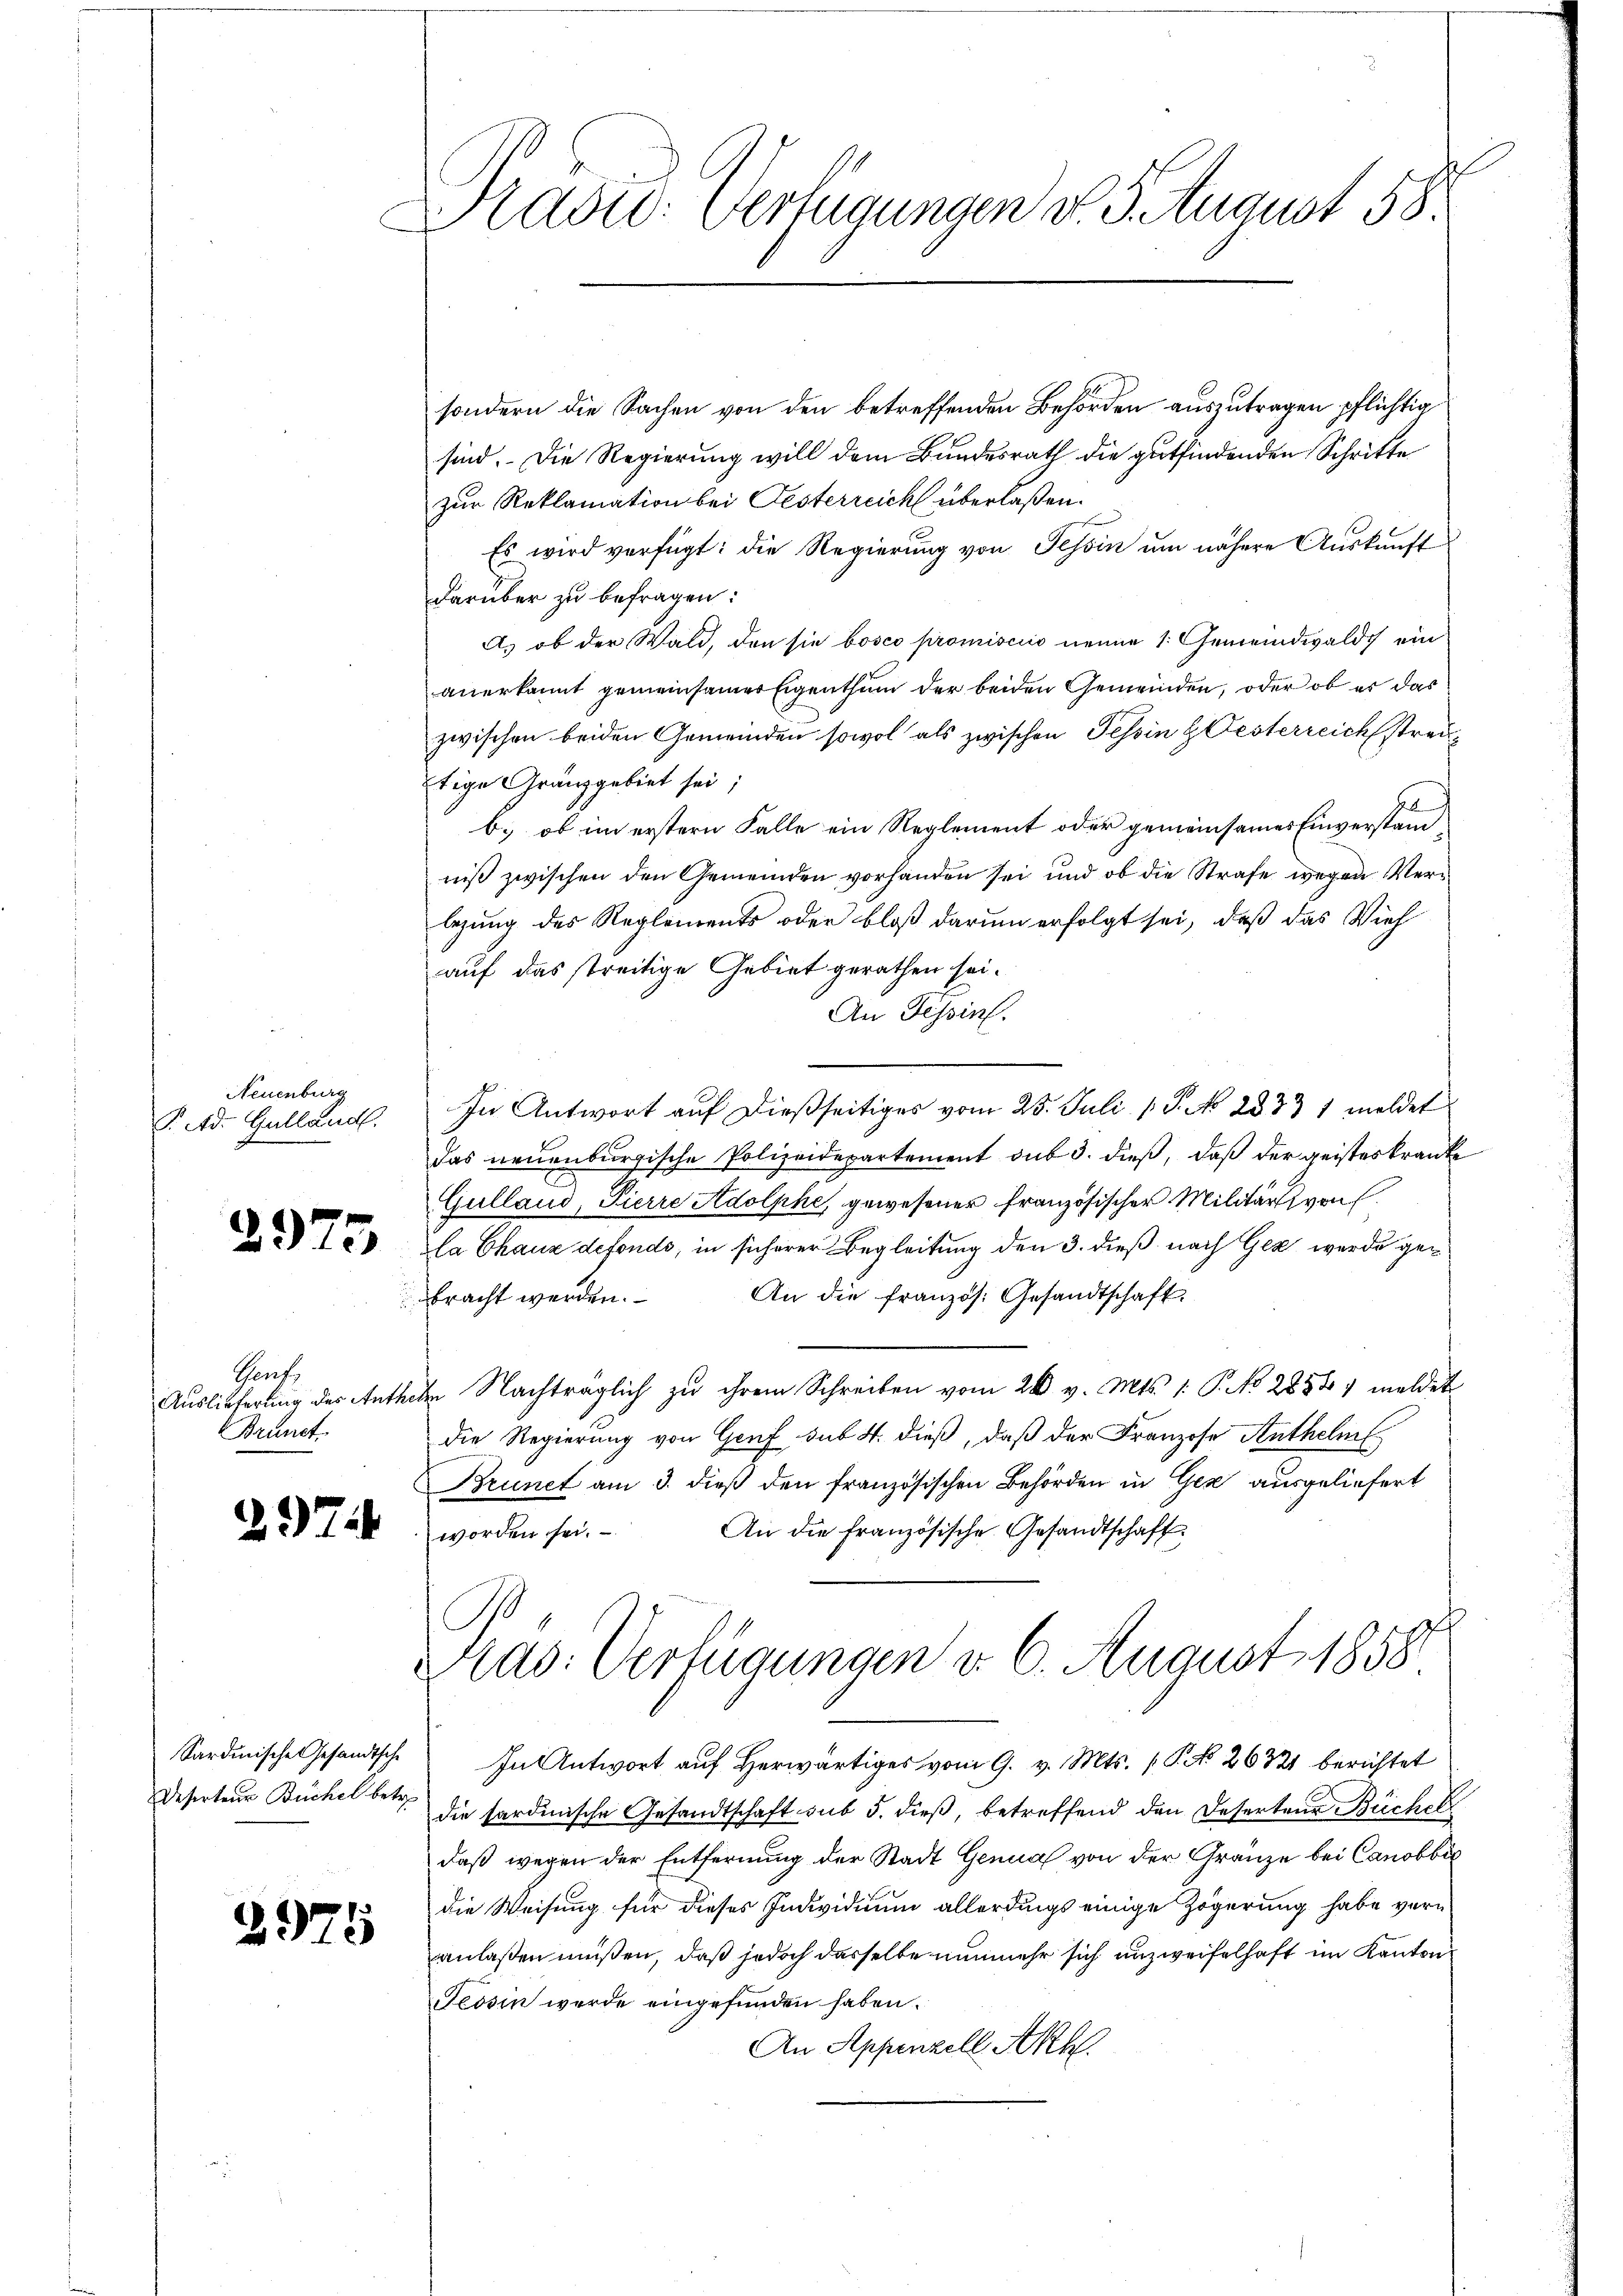
Neuenburg
PAtd. Gulland.

2975

Gent
Brunst

297

Sardinische Gesandtsche
Deserteur Büchel betre

2975

Kašid: Verfügungen v. J. August 58.

sondern die Sachen von den betreffenden Behörden auszutragen pflichtig
sind. Die Regierung will dem Bundesrath die gutfindenden Schritte
zur Reklamation bei Festerreich überlaßen.
Es wird verfügt: die Regierung von Tessin um nähere Auskunft
darüber zu befragen:
A. ob der Wald, den sie bosco promisciis nenne 1. Gemeindwald ein
anerkannt gemeinsamer Eigenthum der beiden Gemeinden, oder ob es das
zwischen beiden Gemeinden sowol als zwischen Tessin & Festerreichstradi¬
Etige Granzgebiet sei;
b. ob im erstern Falle ein Reglement oder gemeinsames Einverstandniß zwischen den Gemeinden vorhanden sei und ob die Strafe wegen Verlegung des Reglements oder bloß darum erfolgt sei, daß das Vieh
auf das streitige Gebiet gerathen sei.
An Tessin.
In Antwort auf dießseitiges vom 25. Juli ( P. No 2333 1 meldet
das neuenburgische Polizeidepartement sub 3. dieß, daß der geisteskranke
Gullaud, Pierre Adolphe, gewesener französischer Militärs von
la Chaux defonds, in sicherer Begleitung den 3. dieß nach Gez werde ge¬
An die französ. Gesandtschaft.
bracht werden.
Auslieferŭng des Anthebe Nachträglich zu ihrem Schreiben vom 26. v. Mts. 1. P. No 2858) meldet
die Regierung von Genf sub. 4. dieß, daß der Franzose Anthelm
Brunet am 3. dieß den französischen Behörden in Ges ausgeliefert
An die französische Gesandtschaft
worden sei.
Aas: Verfügungen d. 6. August 1858
In Antwort auf herwärtiges vom 9. v. Mts. (Pk 26321 berichtet
die sardinische Gesandtschaft sub 5. dieß, betreffend den Deserten Büchel
daß wegen der Entfernung der Stadt Genua von der Gränze bei Canobbić
die Weisung für dieses Individium allerdings einige Zögerung habe vern
anlaßen müßen, daß jedoch dasselbe nunmehr sich unzweifelhaft im Kanton
Tessin werde eingefunden haben.
An Appenzell Akh.